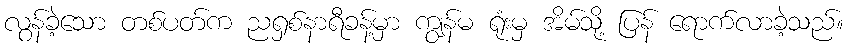
လွန်ခဲ့သော တစ်ပတ်က ညရှစ်နာရီခန့်မှာ ကျွန်မ ရုံးမှ အိမ်သို့ ပြန် ရောက်လာခဲ့သည်။